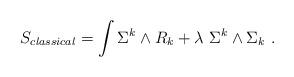
LaTeX: \begin{align*}S_{classical}= \int \Sigma^k \wedge R_k + \lambda \ \Sigma^k \wedge \Sigma_k \ . \end{align*}